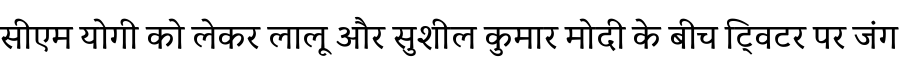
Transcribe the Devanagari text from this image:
सीएम योगी को लेकर लालू और सुशील कुमार मोदी के बीच टि्वटर पर जंग